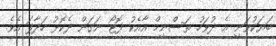
ބަޔަކުވަނީ އެ ދުވަހު ތަސްނީމް އާއެކު ފޮޓޯ ނަގަން ދެކޮޅު ހަދާފަ އެވެ.